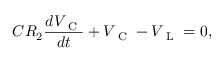
C R _ { 2 } \frac { d V _ { \mathrm { ~ C ~ } } } { d t } + V _ { \mathrm { ~ C ~ } } - V _ { \mathrm { ~ L ~ } } = 0 ,